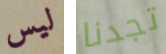
ليس تجدنا